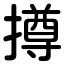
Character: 撙